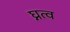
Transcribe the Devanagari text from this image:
घ्नत्व